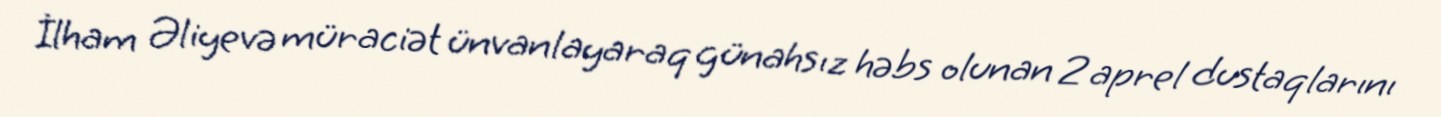
İlham Əliyevə müraciət ünvanlayaraq günahsız həbs olunan 2 aprel dustaqlarını